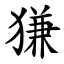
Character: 㺌